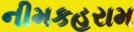
નીમકહરામ